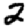
Digit: 2